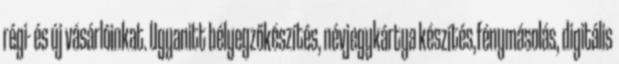
régi- és új vásárlóinkat. Ugyanitt bélyegzőkészítés, névjegykártya készítés,fénymásolás, digitális